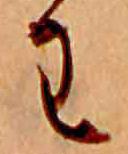
わ